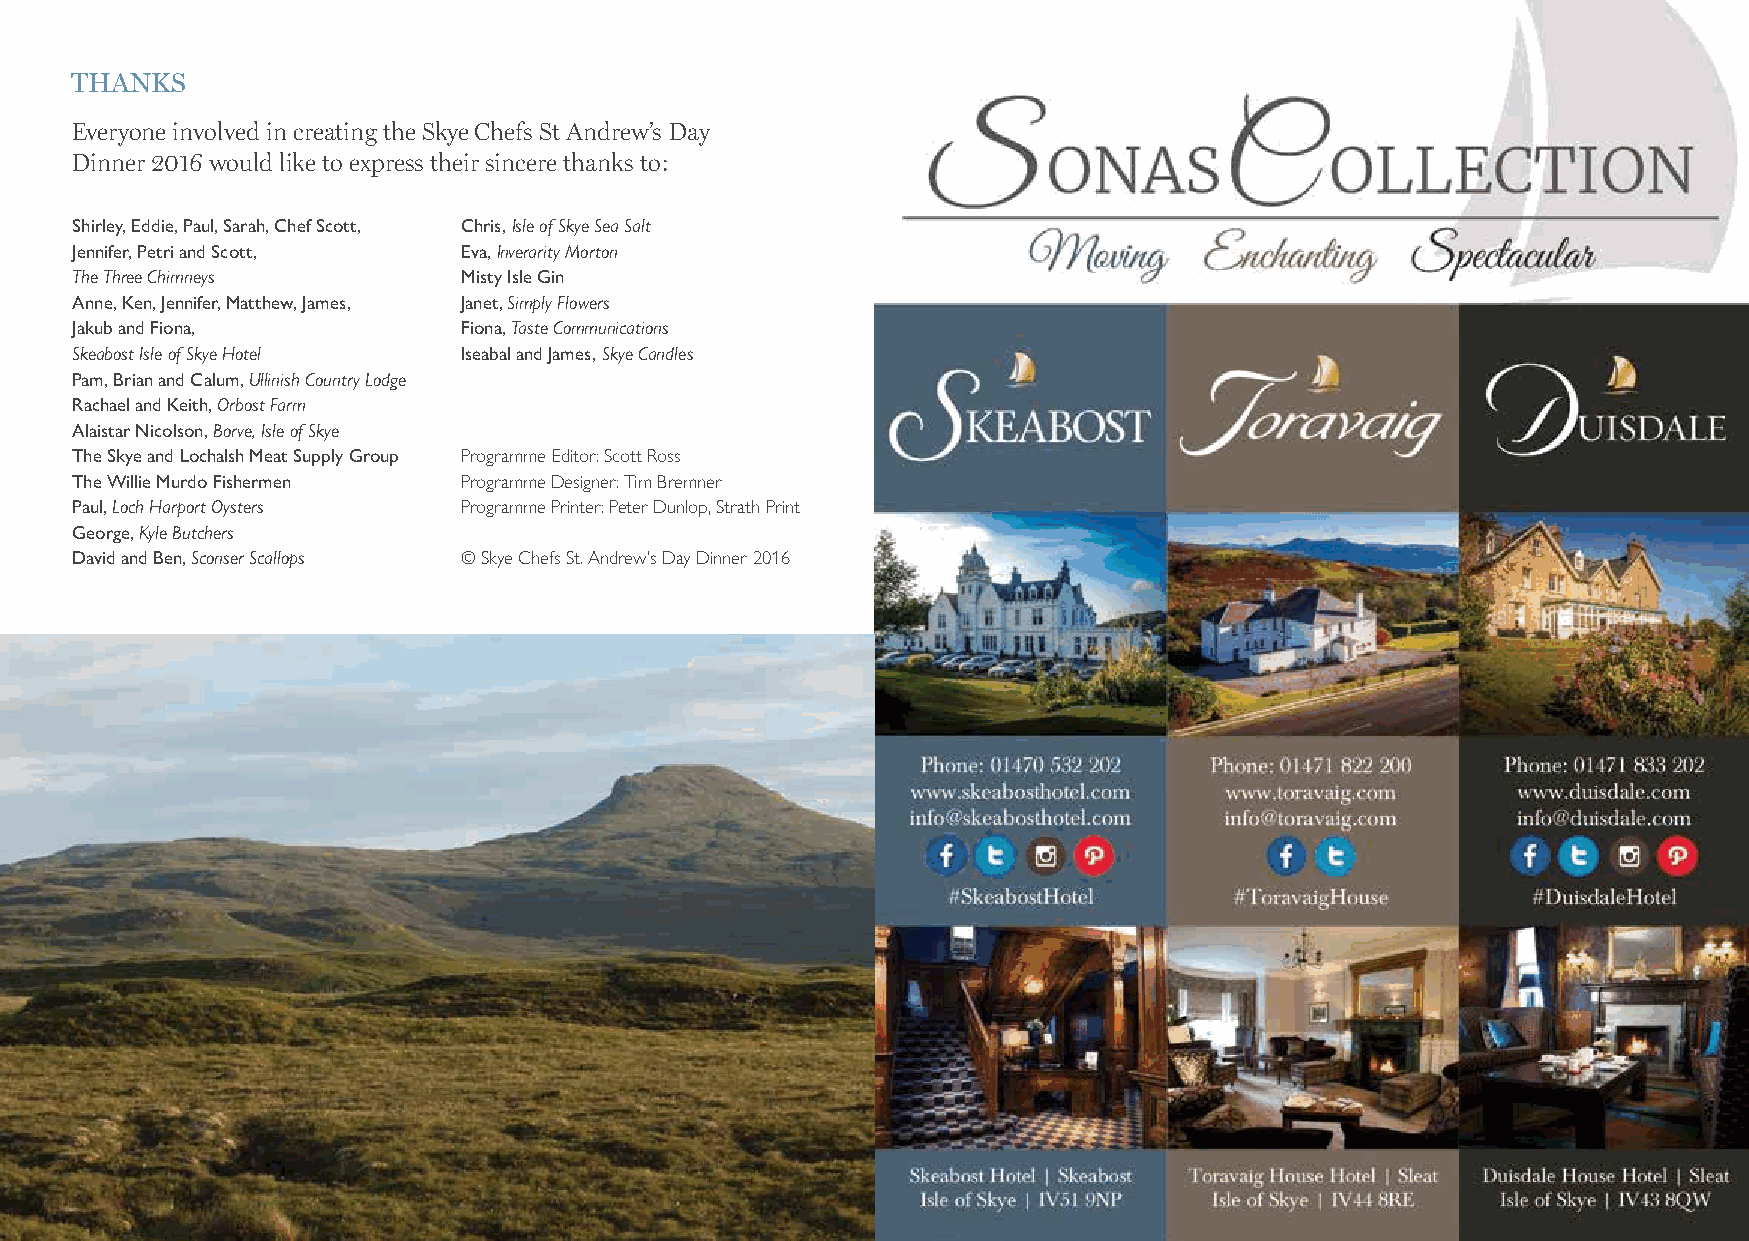
THANKS
 Everyone involved in creating the Skye Chefs St Andrew’s Day
 Dinner 2016 would like to express their sincere thanks to:
 Shirley, Eddie, Paul, Sarah, Chef Scott, Chris, Isle of Skye Sea Salt
 Jennifer, Petri and Scott, Eva, Inverarity Morton
 The Three Chimneys       Misty Isle Gin
 Anne, Ken, Jennifer, Matthew, James, Janet, Simply Flowers
 Jakub and Fiona,         Fiona, Taste Communications
 Skeabost Isle of Skye Hotel Iseabal and James, Skye Candles
 Pam, Brian and Calum, Ullinish Country Lodge
 Rachael and Keith, Orbost Farm
 Alaistar Nicolson, Borve, Isle of Skye
 The Skye and Lochalsh Meat Supply Group Programme Editor: Scott Ross
 The Willie Murdo Fishermen Programme Designer: Tim Bremner
 Paul, Loch Harport Oysters Programme Printer: Peter Dunlop, Strath Print
 George, Kyle Butchers
 David and Ben, Sconser Scallops © Skye Chefs St. Andrew’s Day Dinner 2016